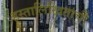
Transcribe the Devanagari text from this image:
हस्तालिखिताची